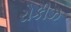
રોકીઝ